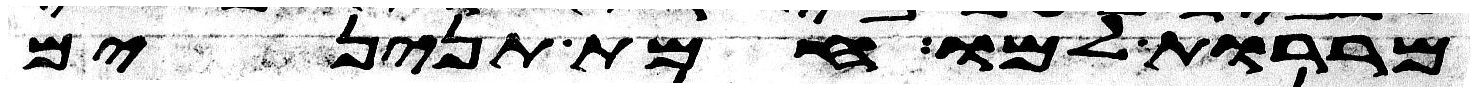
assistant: מררות למו חמת תנינים